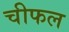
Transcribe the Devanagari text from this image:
चीफल